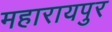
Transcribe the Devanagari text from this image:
महारायपुर